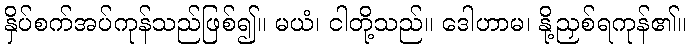
နှိပ်စက်အပ်ကုန်သည်ဖြစ်၍။ မယံ၊ ငါတို့သည်။ ဒေါဟာမ၊ နို့ညှစ်ရကုန်၏။